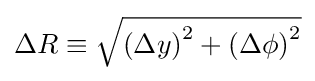
{\textstyle \Delta R\equiv {\sqrt {\left(\Delta y\right)^{2}+\left(\Delta \phi \right)^{2}}}}